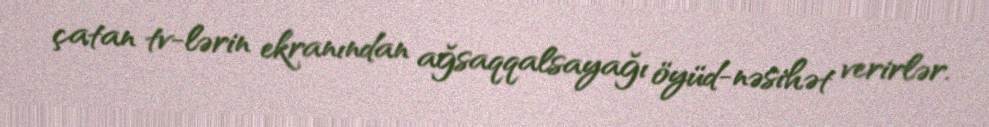
çatan tv-lərin ekranından ağsaqqalsayağı öyüd-nəsihət verirlər.